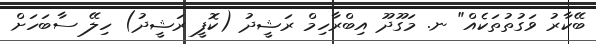
ބޭކާރު ވަގުތުތަކެއް" ނ. މަގޫދޫ އިބްރާހިމް ރަޝީދު (ކޮފީ ރަޝީދު) ހިލޭ ސާބަހަށް